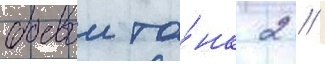
боевои та́нк 2 //